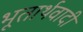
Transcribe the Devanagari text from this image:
भूतार्थवादी